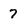
Character: 7